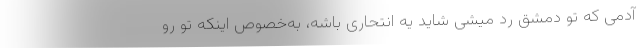
آدمی که تو دمشق رد میشی شاید یه انتحاری باشه، به‌خصوص اینکه تو رو